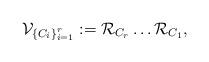
LaTeX: \begin{align*}\mathcal{V}_{\left\{ C_{i}\right\} _{i=1}^{r}}:=\mathcal{R}_{C_{r}}\dots\mathcal{R}_{C_{1}},\end{align*}